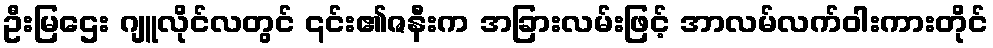
ဦးမြဌေး ဂျူလိုင်လတွင် ၎င်း၏ဇနီးက အခြားလမ်းဖြင့် အာလမ်လက်ဝါးကားတိုင်